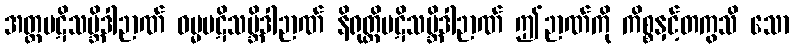
အတ္ထပဋိသမ္ဘိဒါဉာဏ် ဓမ္မပဋိသမ္ဘိဒါဉာဏ် နိရုတ္တိပဋိသမ္ဘိဒါဉာဏ် ဤဉာဏ်ကို ကိစ္စနှင့်တကွသိ သော